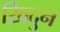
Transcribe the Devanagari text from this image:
ख़िदुन